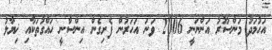
އަހުމަދު މަންސޫރު އަންނަނީ 2006 ވަނަ އަހަރުން ފެށިގެން އިންސާނީ ހައްގުތަކާއި ޚިޔާލު